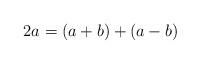
LaTeX: \begin{align*}2a = (a + b) + (a - b)\end{align*}